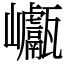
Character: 𡿕